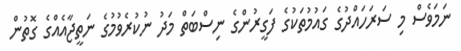
ނަމަވެސް މި ސަރަހައްދުގެ ގައުމުތަކުގެ ފަގީރުންގެ ނިސްބަތް މަދު ނުކުރެވުމުގެ ނަތީޖާއެއްގެ ގޮތުން